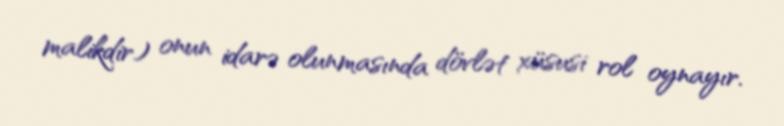
malikdir) onun idarə olunmasında dövlət xüsusi rol oynayır.